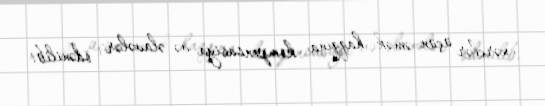
xərclər üçün əmək haqqına kompensasiya və əlavələr ödənilib.